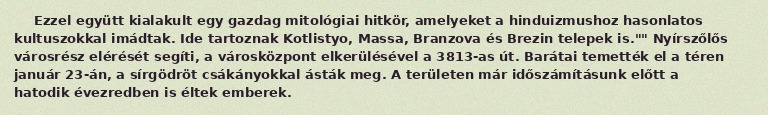
Ezzel együtt kialakult egy gazdag mitológiai hitkör, amelyeket a hinduizmushoz hasonlatos kultuszokkal imádtak. Ide tartoznak Kotlistyo, Massa, Branzova és Brezin telepek is."" Nyírszőlős városrész elérését segíti, a városközpont elkerülésével a 3813-as út. Barátai temették el a téren január 23-án, a sírgödröt csákányokkal ásták meg. A területen már időszámításunk előtt a hatodik évezredben is éltek emberek.